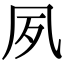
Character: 夙